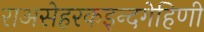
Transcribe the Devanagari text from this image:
राअसेहरकइन्दगेहिणी